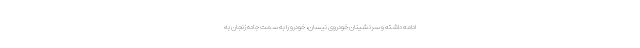
ادامه داشته و سرنشینان خودروی نیسان، خودرو را به سمت جاده زنجان به